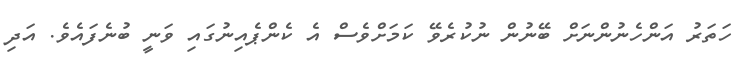
ހަތަރު އަންހެނުންނަށް ބޭނުން ނުކުރެވޭ ކަމަށްވެސް އެ ކެންޕެއިނުގައި ވަނީ ބުނެފައެވެ. އަދި